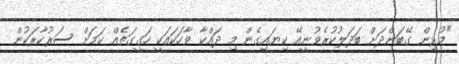
"މުޅިން ގޭބަންދަށް ބަދަލުކުރެވުނީއޭ ކިޔައިގެން މި ދައްކާ ވާހަކައަކީ ހަގީގަތެއް ކަމަށް ސަރުކާރަކުން